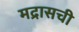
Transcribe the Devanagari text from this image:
मद्रासची